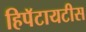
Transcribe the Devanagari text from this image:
हिपॅटायटीस